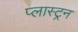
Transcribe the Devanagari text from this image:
प्लास्ट्रन